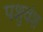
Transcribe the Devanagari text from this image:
पशुवंश